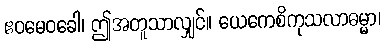
ဧဝမေဝခေါ၊ ဤအတူသာလျှင်။ ယေကေစိကုသလာဓမ္မာ၊